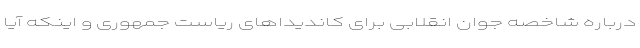
درباره شاخصه جوان انقلابی برای کاندیداهای ریاست جمهوری و اینکه آیا